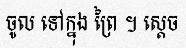
ចូល ទៅក្នុង ព្រៃ ។ ស្តេច